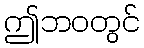
ဤဘဝတွင်